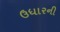
ઉધારની